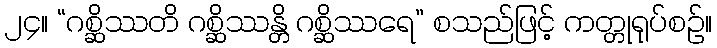
၂၄။ “ဂစ္ဆိဿတိ ဂစ္ဆိဿန္တိ ဂစ္ဆိဿရေ” စသည်ဖြင့် ကတ္တုရုပ်စဉ်။